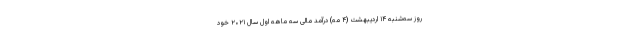
روز سه‌شنبه ۱۴ اردیبهشت (۴ مه) درآمد مالی سه ماهه اول سال ۲۰۲۱ خود